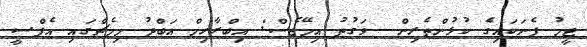
ޓީމު ފެނަކައިގެ ކުޅުންތެރިން  ވަގުތު އިމޭޖެސް: އިބްރާހިމް އަބްދު މިމެޗްގައި އެފްސީ